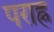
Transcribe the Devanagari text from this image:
पराह्न